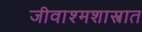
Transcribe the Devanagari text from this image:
जीवाश्मशास्त्रात